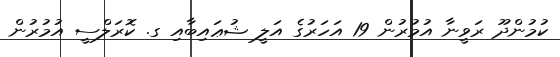
ކުމުންދޫ ރަވީނާ އުމުރުން 19 އަހަރުގެ އަލީ ޝުޢައިބާއި ގ. ކޮރަލްސީ އުމުރުން